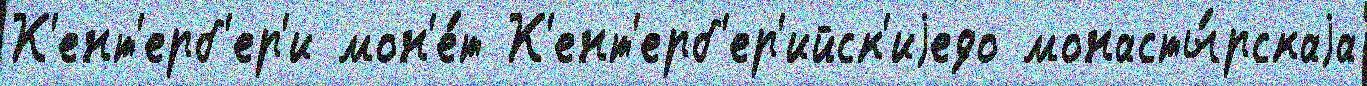
К'ент'ерб'ер'и мон'е́т К'ент'ерб'ер'ийск'иjедо монасты́рскаjа